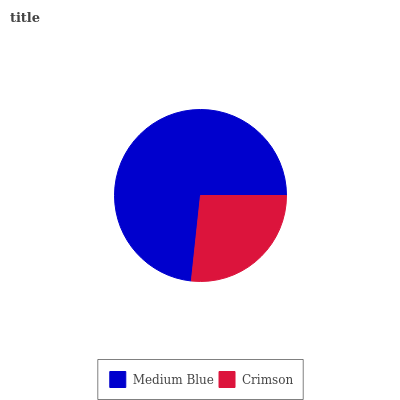
| Medium Blue | Crimson |
 | --- | --- |
 | 73.3% | 26.7% |